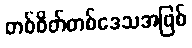
တစ်စိတ်တစ်ဒေသအဖြစ်